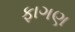
ફાગણ